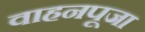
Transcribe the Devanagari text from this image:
वाहनपूजा